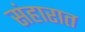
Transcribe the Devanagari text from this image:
संहारात